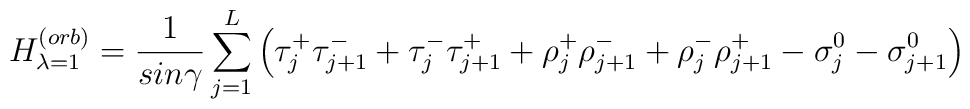
H^{(orb)}_{\lambda=1} = \frac{1}{sin \gamma}\sum^L_{j=1} \left( \tau^+_j \tau^-_{j+1} + \tau^-_j \tau^+_{j+1}+\rho^+_j \rho^-_{j+1} + \rho^-_j \rho^+_ {j+1} - \sigma^0_j -\sigma^0_{j+1} \right)